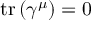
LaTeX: \operatorname { t r } \left( \gamma ^ { \mu } \right) = 0